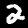
Label: 2